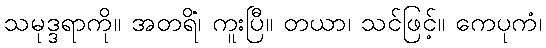
သမုဒ္ဒရာကို။ အတရိံ၊ ကူးပြီ။ တယာ၊ သင်ဖြင့်။ ကေပုကံ၊